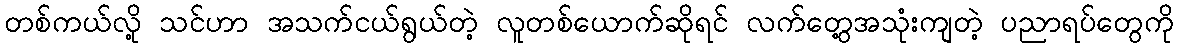
တစ်ကယ်လို့ သင်ဟာ အသက်ငယ်ရွယ်တဲ့ လူတစ်ယောက်ဆိုရင် လက်တွေ့အသုံးကျတဲ့ ပညာရပ်တွေကို